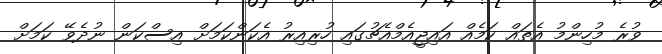
ވުރެ މުހިންމު އެތައް ކަމެއް އައިޖީއެމްއެޗުގައި ހުރިއިރު އެކަންކަމަށް އިސްކަން ނުދެވޭ ކަމަށް